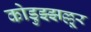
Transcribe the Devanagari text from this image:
कोडुझ्झल्लूर